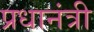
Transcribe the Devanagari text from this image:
प्रधानंत्री